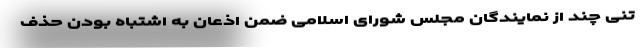
تنی چند از نمایندگان مجلس شورای اسلامی ضمن اذعان به اشتباه بودن حذف